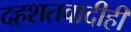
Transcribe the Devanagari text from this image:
दहशतवादीही